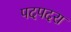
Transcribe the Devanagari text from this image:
पदपदरा